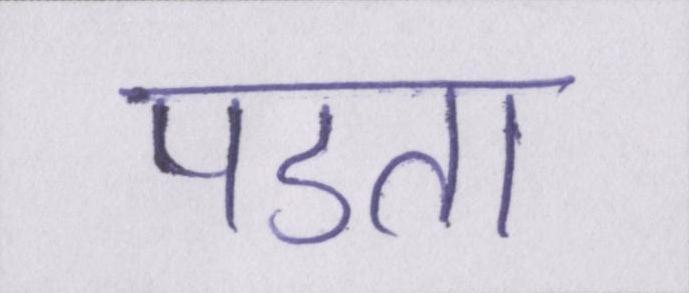
पडता